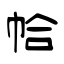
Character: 帢